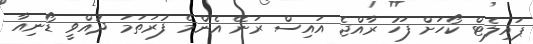
ޕައިލެޓް ކޯހަށް ފަހު ރާއްޖެ އައިސް ރަނޭ އެންމެ ފުރަތަމަ ދުއްވީ ޑޯނިއާ